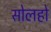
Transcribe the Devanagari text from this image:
सोलहो